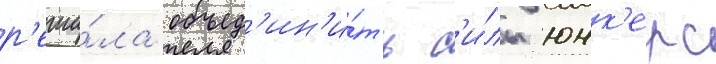
р'еши́ла объед'ин'и́ть с'и́лы юнк'ерс